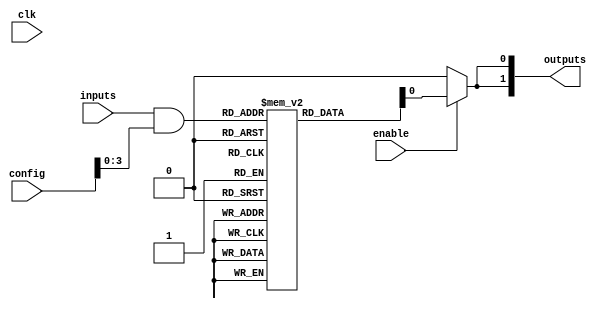
module CLB (
    input wire [N-1:0] inputs,       // N inputs to the CLB
    input wire [M-1:0] config,        // Configuration inputs for LUT
    input wire enable,                 // Enable signal for the outputs
    input wire clk,                    // Clock signal for synchronous operations
    output wire [P-1:0] outputs        // P outputs from the CLB
);
    parameter N = 4;                  // Number of inputs
    parameter M = 16;                 // Number of configuration bits (for a 4-input LUT)
    parameter P = 2;                  // Number of outputs

    // Internal signals
    wire [M-1:0] lut_inputs;          // Inputs to the LUT
    wire [P-1:0] lut_outputs;         // Outputs from the LUT

    // LUT Implementation
    reg [M-1:0] lut [0:2**N-1];        // LUT storage, size depends on number of inputs

    // Initialize LUT with example logic functions
    initial begin
        // Example: Initialize LUT for some logic functions
        lut[0] = 16'b0000000000000000; // 0
        lut[1] = 16'b0000000000000001; // A
        lut[2] = 16'b0000000000000010; // B
        lut[3] = 16'b0000000000000011; // A + B
        lut[4] = 16'b0000000000000100; // NOT A
        // Add more initialization as needed...
    end

    // Logic to select LUT inputs based on configuration
    assign lut_inputs = inputs & config[N-1:0]; // Example configuration logic

    // Output generation based on enable signal
    generate
        genvar i;
        for (i = 0; i < P; i = i + 1) begin : output_gen
            assign outputs[i] = enable ? lut[lut_inputs] : 1'b0; // Conditional output
        end
    endgenerate

    // Interconnectivity can be implemented using additional logic if needed
    // For example, connecting this CLB to others or external devices

endmodule